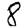
Digit: 8